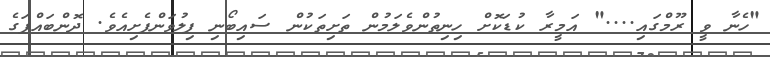
"ހެނާ ވީ ރޫމްގައި...." އަމީރާ ކުޑަކޮށް ހިނިތުންވެލަމުން ތަށިތަކުން ސައިބޯނި ފިލުވަންފެށިއެވެ. ދޮންބައްޕަގެ